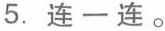
5.连一连。